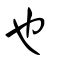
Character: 也